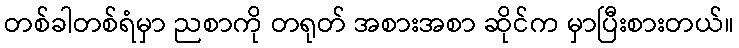
တစ်ခါတစ်ရံမှာ ညစာကို တရုတ် အစားအစာ ဆိုင်က မှာပြီးစားတယ်။